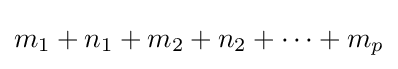
m_{1}+n_{1}+m_{2}+n_{2}+\cdots +m_{p}